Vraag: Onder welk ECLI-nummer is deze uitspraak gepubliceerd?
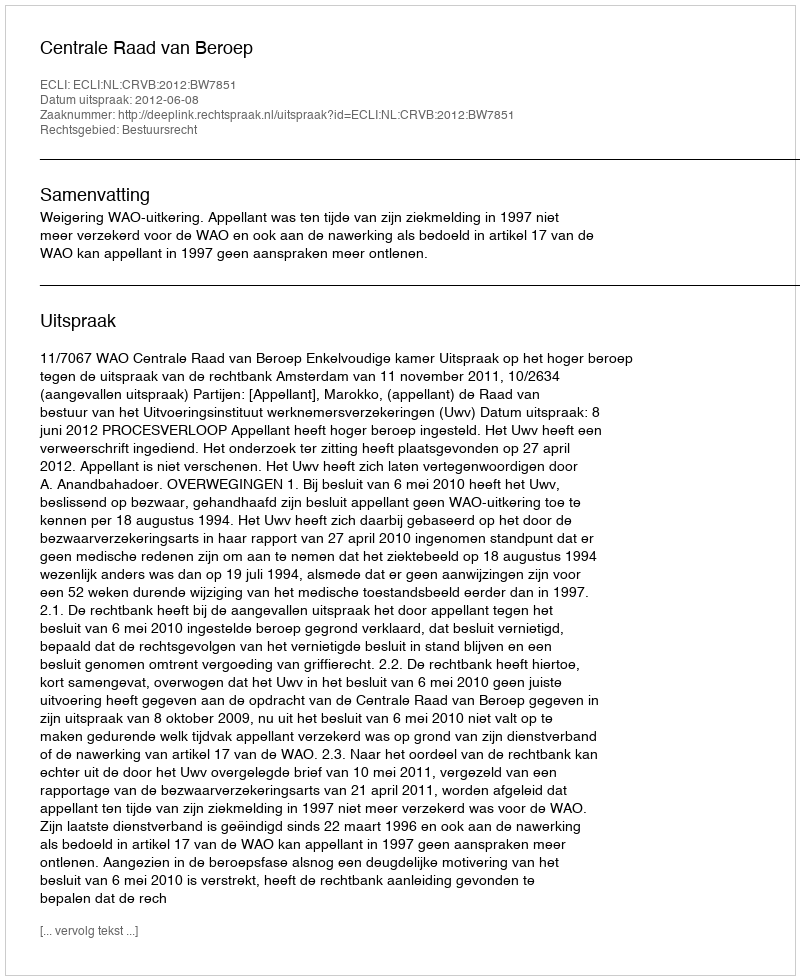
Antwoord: ECLI:NL:CRVB:2012:BW7851